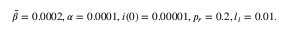
\bar { \beta } = 0 . 0 0 0 2 , \alpha = 0 . 0 0 0 1 , i ( 0 ) = 0 . 0 0 0 0 1 , p _ { r } = 0 . 2 , l _ { i } = 0 . 0 1 .